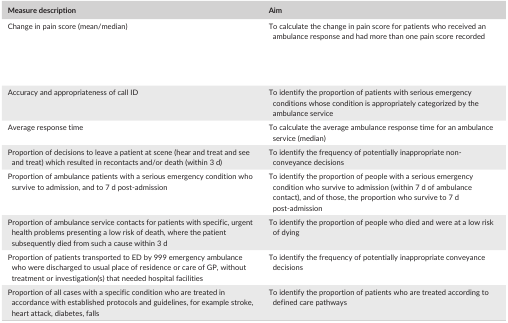
<table><thead><tr><td><b>Measure description</b></td><td><b>Aim</b></td></tr></thead><tbody><tr><td>Change in pain score (mean/median)</td><td>To calculate the change in pain score for patients who received an ambulance response and had more than one pain score recorded</td></tr><tr><td>Accuracy and appropriateness of call ID</td><td>To identify the proportion of patients with serious emergency conditions whose condition is appropriately categorized by the ambulance service</td></tr><tr><td>Average response time</td><td>To calculate the average ambulance response time for an ambulance service (median)</td></tr><tr><td>Proportion of decisions to leave a patient at scene (hear and treat and see and treat) which resulted in recontacts and/or death (within 3 d)</td><td>To identify the frequency of potentially inappropriate non‐conveyance decisions</td></tr><tr><td>Proportion of ambulance patients with a serious emergency condition who survive to admission, and to 7 d post‐admission</td><td>To identify the proportion of people with a serious emergency condition who survive to admission (within 7 d of ambulance contact), and of those, the proportion who survive to 7 d post‐admission</td></tr><tr><td>Proportion of ambulance service contacts for patients with specific, urgent health problems presenting a low risk of death, where the patient subsequently died from such a cause within 3 d</td><td>To identify the proportion of people who died and were at a low risk of dying</td></tr><tr><td>Proportion of patients transported to ED by 999 emergency ambulance who were discharged to usual place of residence or care of GP, without treatment or investigation(s) that needed hospital facilities</td><td>To identify the frequency of potentially inappropriate conveyance decisions</td></tr><tr><td>Proportion of all cases with a specific condition who are treated in accordance with established protocols and guidelines, for example stroke, heart attack, diabetes, falls</td><td>To identify the proportion of patients who are treated according to defined care pathways</td></tr></tbody></table>